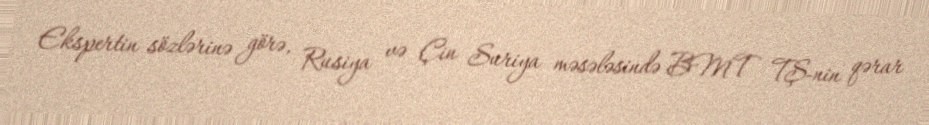
Ekspertin sözlərinə görə, Rusiya və Çin Suriya məsələsində BMT TŞ-nin qərar